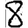
Digit: 8